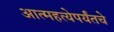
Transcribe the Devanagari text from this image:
आत्महत्येपर्यंतचे